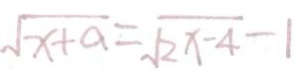
\sqrt { x + a } = \sqrt { 2 x - 4 } - 1